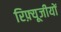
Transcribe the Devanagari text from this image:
रिफ़्यूजीयों